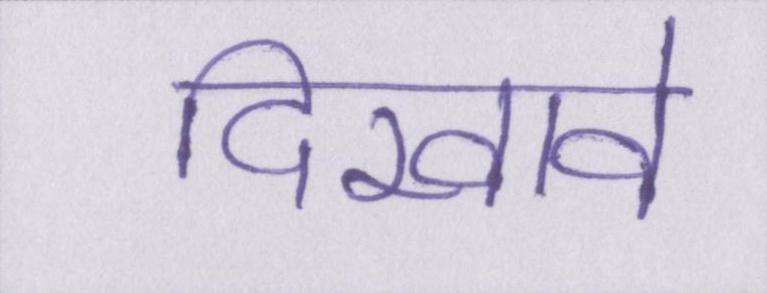
दिखावे